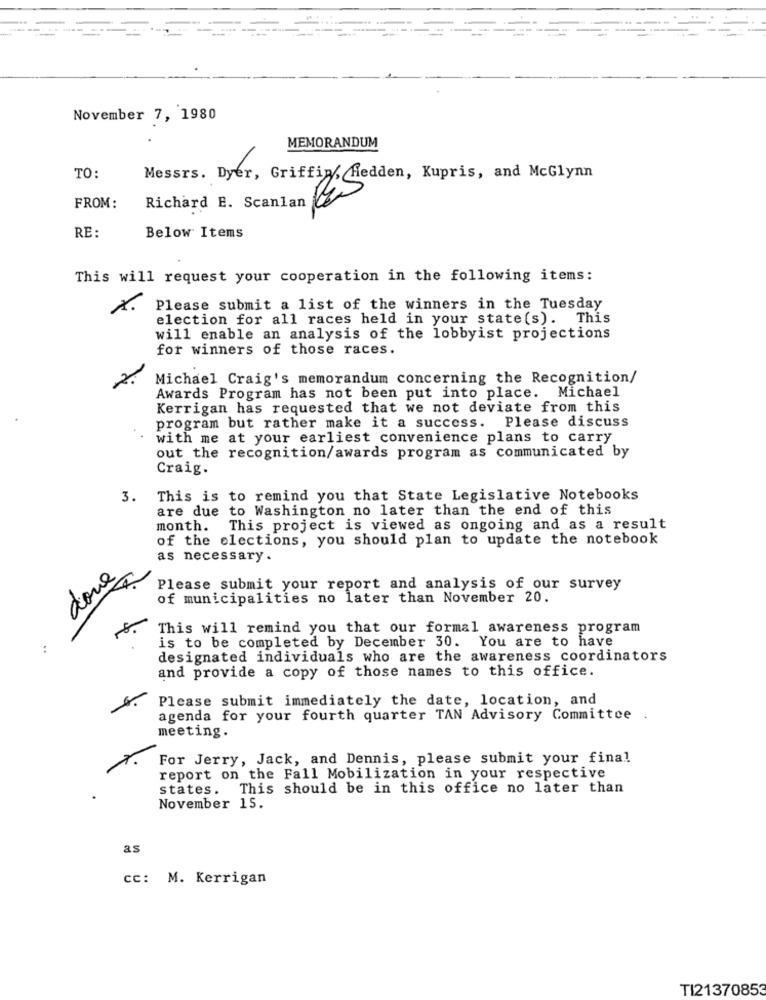
November 7, 1980
MEMORANDUM
TO:
Messrs. Dyer, Griffin, Hedden, Kupris, and McGlynn
Richard E. Scanlan
FROM:
RE:
Below Items
This will request your cooperation in the following items:
Please submit a list of the winners in the Tuesday
election for all races held in your state(s). This
will enable an analysis of the lobbyist projections
for winners of those races.
Michael Craig's memorandum concerning the Recognition/
Awards Program has not been put into place. Michael
Kerrigan has requested that we not deviate from this
program but rather make it a success. Please discuss
with me at your earliest convenience plans to carry
out the recognition/awards program as communicated by
Craig.
3. This is to remind you that State Legislative Notebooks
are due to Washington no later than the end of this
month. This project is viewed as ongoing and as a result
of the elections, you should plan to update the notebook
as necessary .
done
Please submit your report and analysis of our survey
of municipalities no later than November 20.
This will remind you that our formal awareness program
is to be completed by December 30. You are to have
designated individuals who are the awareness coordinators
and provide a copy of those names to this office.
Please submit immediately the date, location, and
agenda for your fourth quarter TAN Advisory Committee
meeting.
For Jerry, Jack, and Dennis, please submit your final
report on the Fall Mobilization in your respective
states.
This should be in this office no later than
November 15.
as
cc: M. Kerrigan
TI21370853